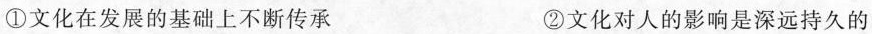
①文化在发展的基础上不断传承 ②文化对人的影响是深远持久的